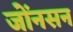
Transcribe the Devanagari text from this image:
जोँनसन